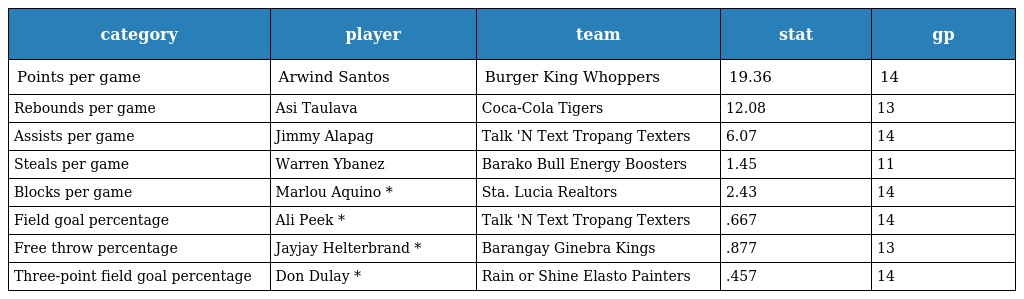
| category | player | team | stat | gp |
 | --- | --- | --- | --- | --- |
 | Points per game | Arwind Santos | Burger King Whoppers | 19.36 | 14 |
 | Rebounds per game | Asi Taulava | Coca-Cola Tigers | 12.08 | 13 |
 | Assists per game | Jimmy Alapag | Talk 'N Text Tropang Texters | 6.07 | 14 |
 | Steals per game | Warren Ybanez | Barako Bull Energy Boosters | 1.45 | 11 |
 | Blocks per game | Marlou Aquino * | Sta. Lucia Realtors | 2.43 | 14 |
 | Field goal percentage | Ali Peek * | Talk 'N Text Tropang Texters | .667 | 14 |
 | Free throw percentage | Jayjay Helterbrand * | Barangay Ginebra Kings | .877 | 13 |
 | Three-point field goal percentage | Don Dulay * | Rain or Shine Elasto Painters | .457 | 14 |